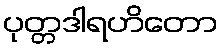
ပုတ္တဒါရဟိတော